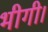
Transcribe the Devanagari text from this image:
भीगी।